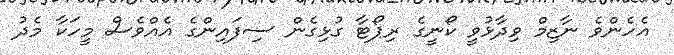
އެހެންވެ ނާޒިމް ވިދާޅުވީ ކޯނީގެ ރިޕޯޓާ ގުޅިގެން ސިފައިންގެ އެއްވެސް މީހަކާ މެދު